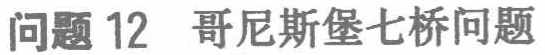
问题 12 哥尼斯堡七桥问题